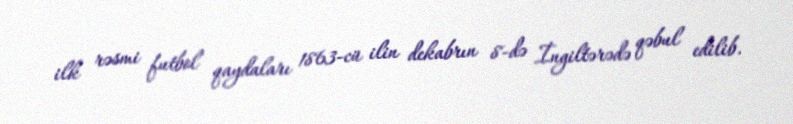
ilk rəsmi futbol qaydaları 1863-cü ilin dekabrın 8-də İngiltərədə qəbul edilib.